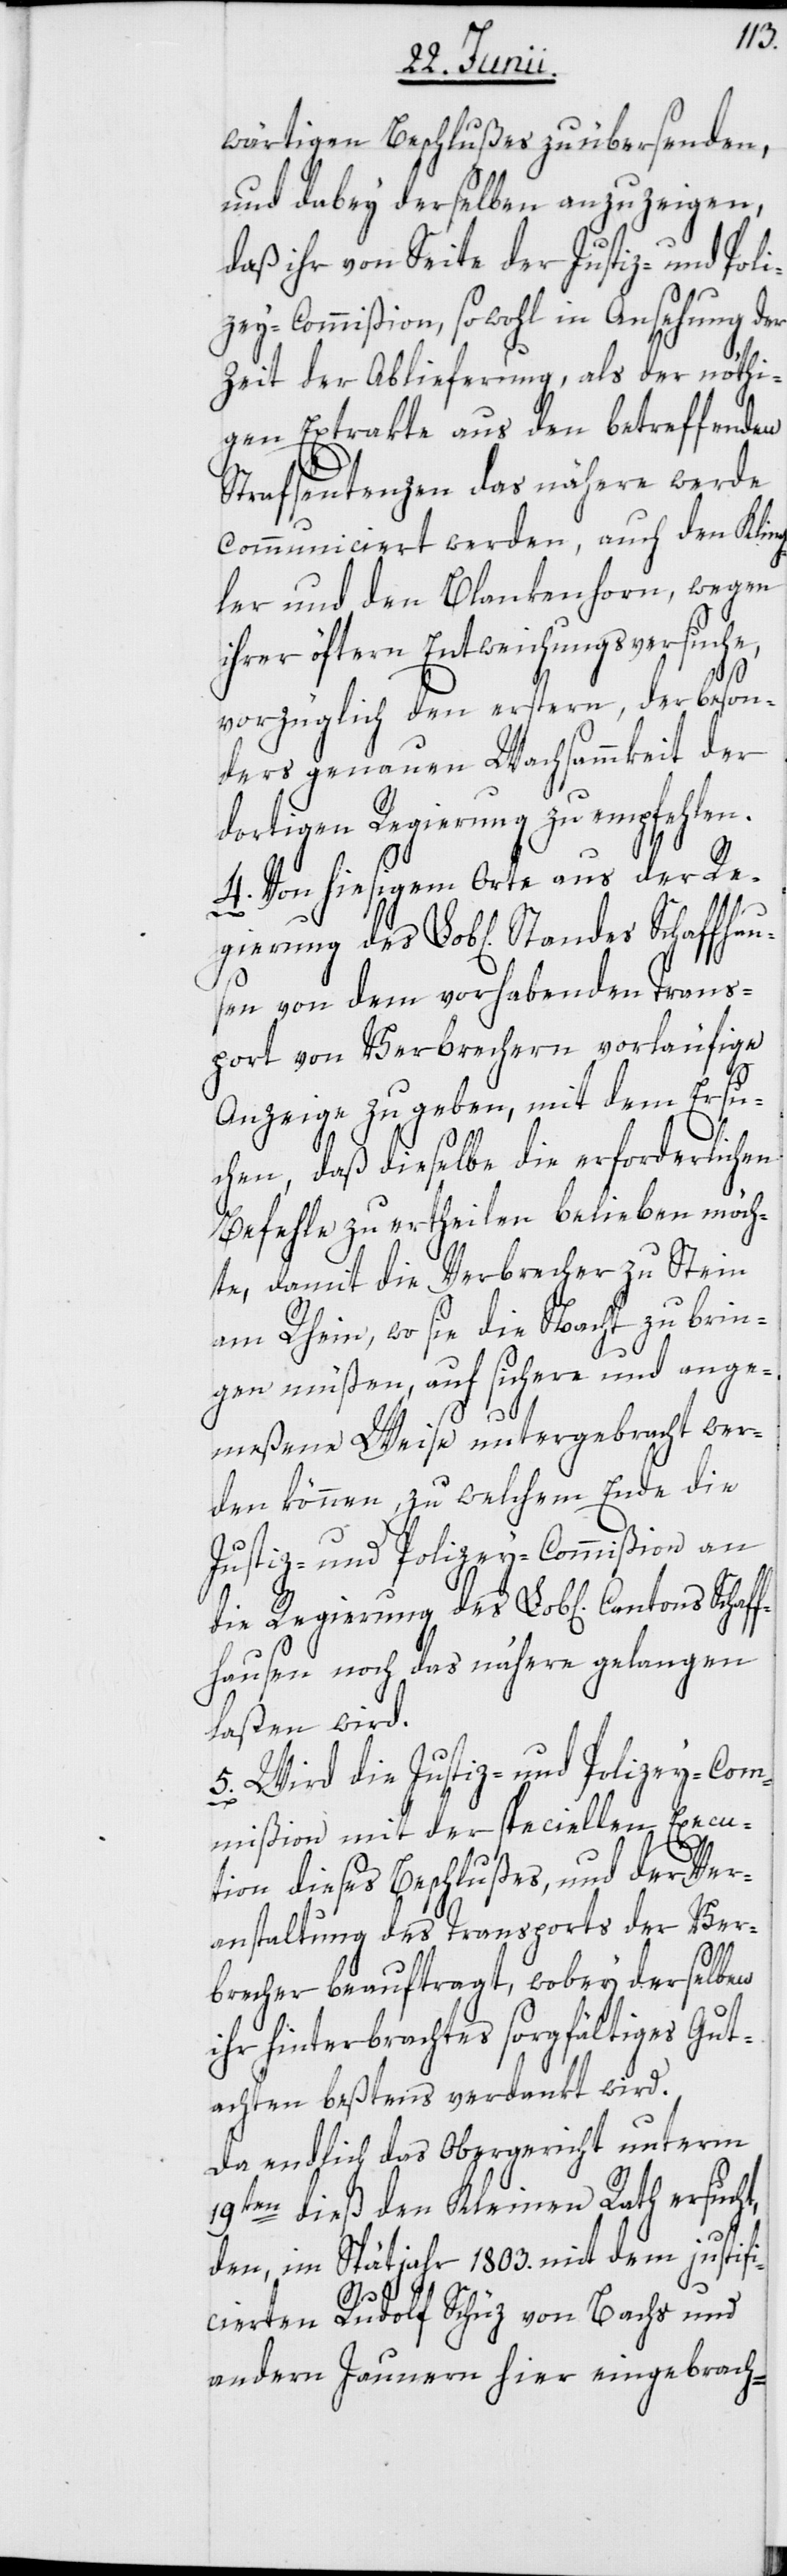
wärtigen Beschlußes zu übersenden,
und dabey derselben anzuzeigen,
daß ihr von Seite der Justiz- und Poli¬
zey-Commißion, sowohl in Ansehung der
Zeit der Ablieferung, als der nöthi¬
gen Extrakte aus den betreffenden
Strafsentenzen das nähere werde
communiciert werden, auch den Kling¬
ler und den Blankenhorn, wegen
ihrer öftern Entweichungsversuche,
vorzüglich den erstern, der beson¬
ders genauen Wachsammkeit der
dortigen Regierung zu empfehlen.
4. Von hiesigem Orte aus der Re¬
sen von dem vorhabenden Trans¬
port von Verbrechern vorläufige
Anzeige zu geben, mit dem Ersu¬
des
chen, daß dieselbe die erforderlichen
Befehle zu ertheilen belieben möch¬
te, damit die Verbrecher zu Stein
am Rhein, wo sie die Nacht zubrin¬
gen müßen, auf sichere und ange¬
meßene Weise untergebracht wer¬
den können, zu welchem Ende die
Justiz- und Polizey-Commißion an
fhausen noch das nähere gelangen
laßen wird.
5. Wird die Justiz- und Polizey-Com¬
mißion mit der speciellen Execu¬
tion dieses Beschlußes, und der Ver¬
anstaltung des Transports der Ver¬
brecher beauftragt, wobey derselben
ihr hinterbrachtes sorgfältiges Gut¬
achten beßtens verdankt wird.
Da endlich das Obergericht unterm
19ten dieß den Kleinen Rath ersucht,
fhau¬
den, im Spätjahr 1803. mit dem justifi¬
Schaf¬
cierten Rudolf Schüz von Bachs und
andern Jaunern hier eingebrach-